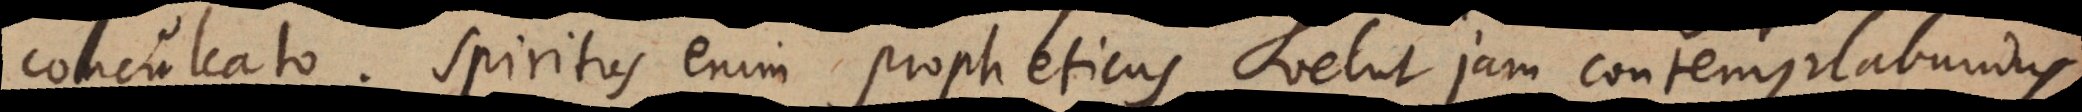
conculcato. Spiritus enim propheticus velut jam contemplabundus